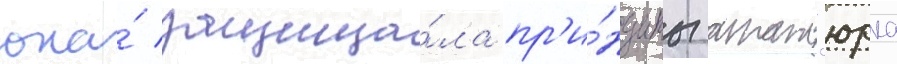
она́ защища́ла пр'и́нципы атат'юрка